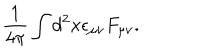
\frac { 1 } { 4 \pi } \int d ^ { 2 } x \epsilon _ { \mu \nu } F _ { \mu \nu } .